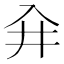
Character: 𰃖